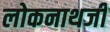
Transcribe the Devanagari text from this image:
लोकनाथजी